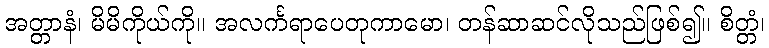
အတ္တာနံ၊ မိမိကိုယ်ကို။ အလင်္ကရာပေတုကာမော၊ တန်ဆာဆင်လိုသည်ဖြစ်၍။ စိတ္တံ၊